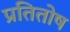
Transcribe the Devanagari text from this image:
प्रतितोष